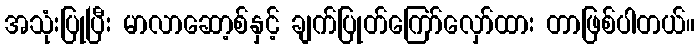
အသုံးပြုပြီး မာလာဆော့စ်နှင့် ချက်ပြုတ်ကြော်လှော်ထား တာဖြစ်ပါတယ်။